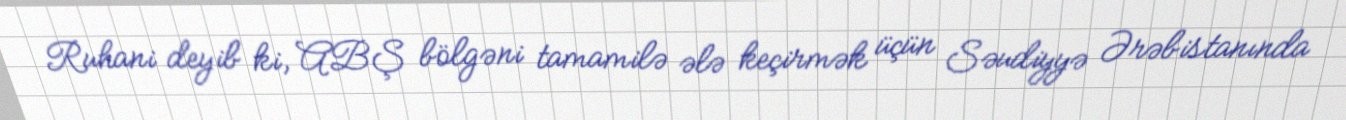
Ruhani deyib ki, ABŞ bölgəni tamamilə ələ keçirmək üçün Səudiyyə Ərəbistanında